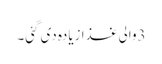
3والی غذا زیادہ دی گئی۔